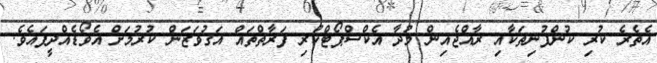
އެތެރެ ކުރި ކުންފުނިތަކާއި ރާއްޖެއިން މުދާ އެކްސްޕޯޓްކުރި ފަރާތްތައް އަގުވަޒަން ކުރުމަށް އެވޯޑެއްދީފައެވެ.